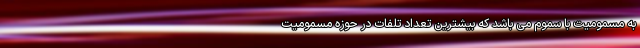
به مسمومیت با سموم می باشد که بیشترین تعداد تلفات در حوزه مسمومیت